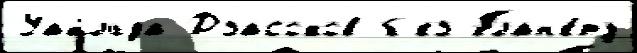
Уайльда Дзасохов б'ез План'е́ту